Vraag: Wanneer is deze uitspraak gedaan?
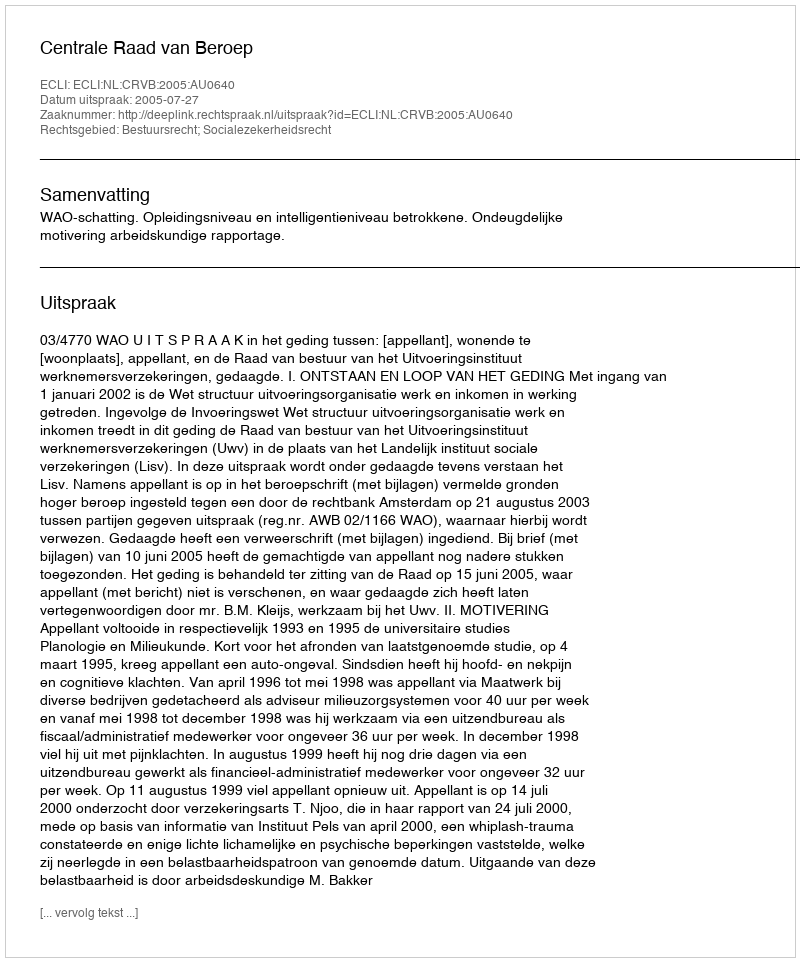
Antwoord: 2005-07-27